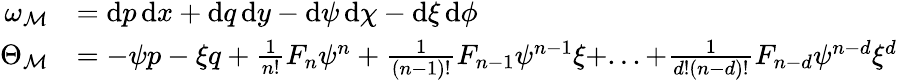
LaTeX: \begin{array}{rl}{\omega_{\mathcal{M}}}&{=\mathrm{d}p\, \mathrm{d}x+\mathrm{d}q\, \mathrm{d}y-\mathrm{d}\psi\, \mathrm{d}\chi-\mathrm{d}\xi\, \mathrm{d}\phi}\\ {\Theta_{\mathcal{M}}}&{=-\psi p-\xi q+\frac{1}{n!}F_{n}\psi^{n}+\frac{1}{(n-1)!}F_{n-1}\psi^{n-1}\xi+...+\frac{1}{d!(n-d)!}F_{n-d}\psi^{n-d}\xi^{d}}\end{array}